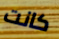
كانت